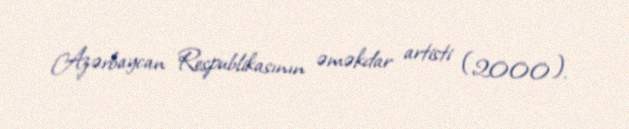
Azərbaycan Respublikasının əməkdar artisti (2000).